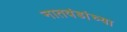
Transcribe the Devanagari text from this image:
नातवंडांच्या